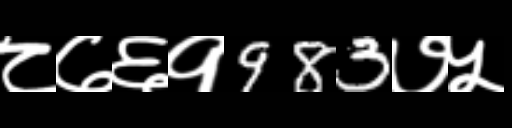
Text: ८७६१983७५